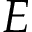
E